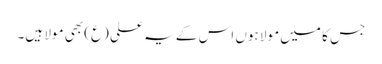
جس کا میں مولا ہوں اس کے یہ علی (ع) بھی مولا ہیں۔